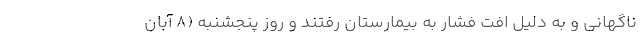
ناگهانی و به دلیل افت فشار به بیمارستان رفتند و روز پنجشنبه (۸ آبان